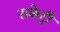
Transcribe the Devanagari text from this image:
राकेट्री